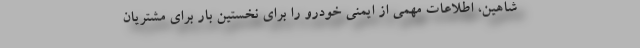
شاهین، اطلاعات مهمی از ایمنی خودرو را برای نخستین بار برای مشتریان